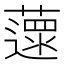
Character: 𦾽